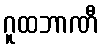
ဂူထဘာဏီ